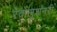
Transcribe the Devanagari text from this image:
रेवोलूशनरी